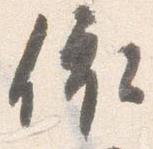
依